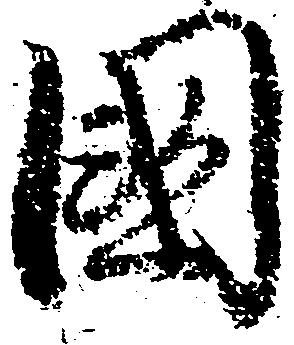
国